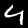
Label: 4